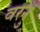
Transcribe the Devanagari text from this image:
वरनु